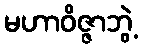
မဟာဝိဇ္ဇာဘွဲ့